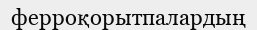
ферроқорытпалардың